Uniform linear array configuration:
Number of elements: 4
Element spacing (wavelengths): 0.25
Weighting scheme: hann
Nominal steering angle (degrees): -45
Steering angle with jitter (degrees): -44.876
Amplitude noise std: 0.05
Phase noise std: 0.05

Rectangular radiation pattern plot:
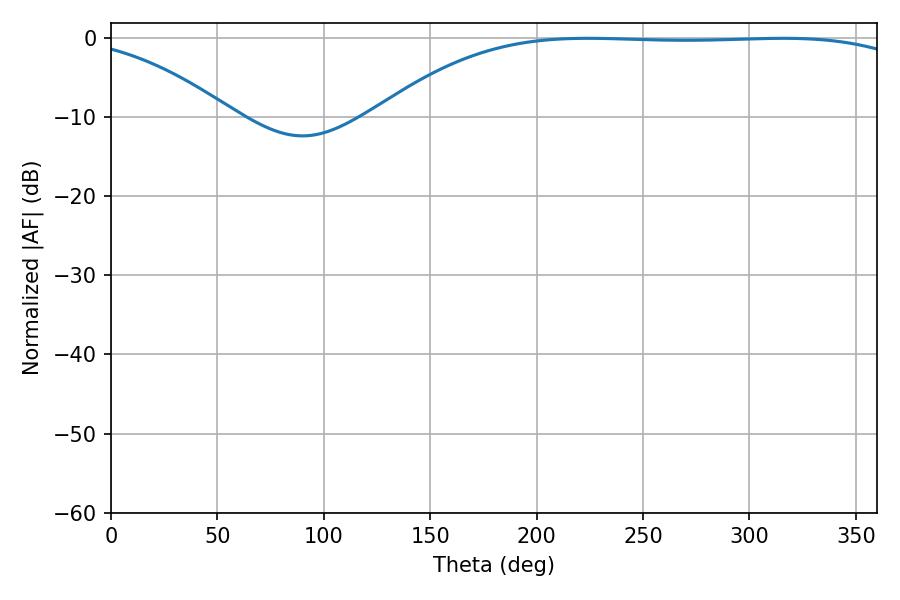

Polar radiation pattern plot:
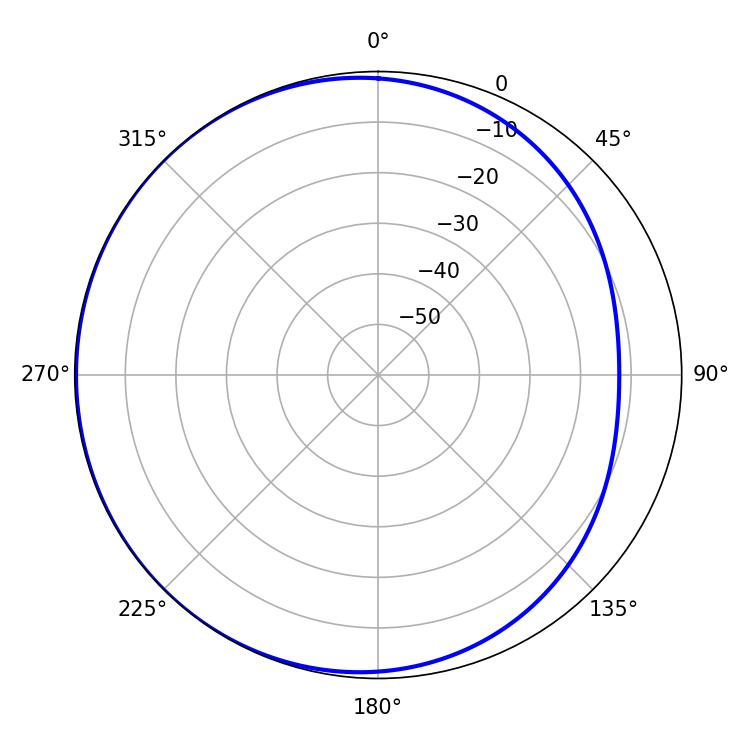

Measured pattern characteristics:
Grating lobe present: FALSE
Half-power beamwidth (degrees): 197.64
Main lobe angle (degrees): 224.1